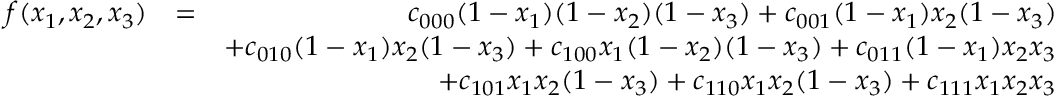
\begin{array} { r l r } { f ( x _ { 1 } , x _ { 2 } , x _ { 3 } ) } & { = } & { c _ { 0 0 0 } ( 1 - x _ { 1 } ) ( 1 - x _ { 2 } ) ( 1 - x _ { 3 } ) + c _ { 0 0 1 } ( 1 - x _ { 1 } ) x _ { 2 } ( 1 - x _ { 3 } ) } \\ & { } & { + c _ { 0 1 0 } ( 1 - x _ { 1 } ) x _ { 2 } ( 1 - x _ { 3 } ) + c _ { 1 0 0 } x _ { 1 } ( 1 - x _ { 2 } ) ( 1 - x _ { 3 } ) + c _ { 0 1 1 } ( 1 - x _ { 1 } ) x _ { 2 } x _ { 3 } } \\ & { } & { + c _ { 1 0 1 } x _ { 1 } x _ { 2 } ( 1 - x _ { 3 } ) + c _ { 1 1 0 } x _ { 1 } x _ { 2 } ( 1 - x _ { 3 } ) + c _ { 1 1 1 } x _ { 1 } x _ { 2 } x _ { 3 } } \end{array}